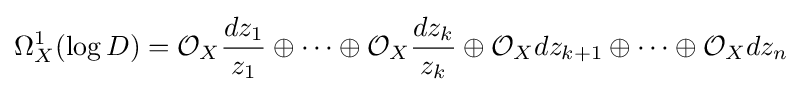
\Omega _{X}^{1}(\log D)={\mathcal {O}}_{X}{\frac {dz_{1}}{z_{1}}}\oplus \cdots \oplus {\mathcal {O}}_{X}{\frac {dz_{k}}{z_{k}}}\oplus {\mathcal {O}}_{X}dz_{k+1}\oplus \cdots \oplus {\mathcal {O}}_{X}dz_{n}